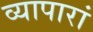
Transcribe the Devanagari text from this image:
व्यापारां